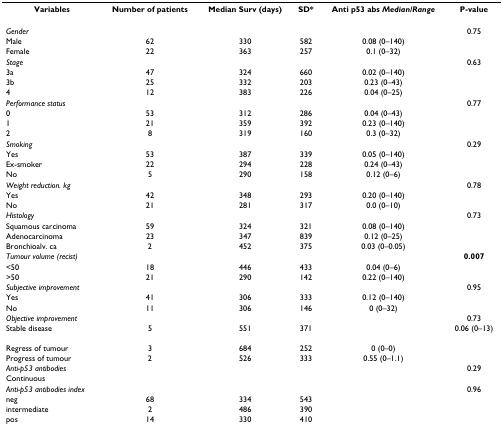
<table><thead><tr><td><b>Variables</b></td><td><b>Number of patients</b></td><td><b>Median Surv (days)</b></td><td><b>SD*</b></td><td><b>Anti p53 abs <i>Median/Range</i></b></td><td><b>P-value</b></td></tr></thead><tbody><tr><td><i>Gender</i></td><td></td><td></td><td></td><td></td><td>0.75</td></tr><tr><td>Male</td><td>62</td><td>330</td><td>582</td><td>0.08 (0–140)</td><td></td></tr><tr><td>Female</td><td>22</td><td>363</td><td>257</td><td>0.1 (0–32)</td><td></td></tr><tr><td><i>Stage</i></td><td></td><td></td><td></td><td></td><td>0.63</td></tr><tr><td>3a</td><td>47</td><td>324</td><td>660</td><td>0.02 (0–140)</td><td></td></tr><tr><td>3b</td><td>25</td><td>332</td><td>203</td><td>0.23 (0–43)</td><td></td></tr><tr><td>4</td><td>12</td><td>383</td><td>226</td><td>0.04 (0–25)</td><td></td></tr><tr><td><i>Performance status</i></td><td></td><td></td><td></td><td></td><td>0.77</td></tr><tr><td>0</td><td>53</td><td>312</td><td>286</td><td>0.04 (0–43)</td><td></td></tr><tr><td>1</td><td>21</td><td>359</td><td>392</td><td>0.23 (0–140)</td><td></td></tr><tr><td>2</td><td>8</td><td>319</td><td>160</td><td>0.3 (0–32)</td><td></td></tr><tr><td><i>Smoking</i></td><td></td><td></td><td></td><td></td><td>0.29</td></tr><tr><td>Yes</td><td>53</td><td>387</td><td>339</td><td>0.05 (0–140)</td><td></td></tr><tr><td>Ex-smoker</td><td>22</td><td>294</td><td>228</td><td>0.24 (0–43)</td><td></td></tr><tr><td>No</td><td>5</td><td>290</td><td>158</td><td>0.12 (0–6)</td><td></td></tr><tr><td><i>Weight reduction. kg</i></td><td></td><td></td><td></td><td></td><td>0.78</td></tr><tr><td>Yes</td><td>42</td><td>348</td><td>293</td><td>0.20 (0–140)</td><td></td></tr><tr><td>No</td><td>21</td><td>281</td><td>317</td><td>0.0 (0–10)</td><td></td></tr><tr><td><i>Histology</i></td><td></td><td></td><td></td><td></td><td>0.73</td></tr><tr><td>Squamous carcinoma</td><td>59</td><td>324</td><td>321</td><td>0.08 (0–140)</td><td></td></tr><tr><td>Adenocarcinoma</td><td>23</td><td>347</td><td>839</td><td>0.12 (0–25)</td><td></td></tr><tr><td>Bronchioalv. ca</td><td>2</td><td>452</td><td>375</td><td>0.03 (0–0.05)</td><td></td></tr><tr><td><i>Tumour volume (recist)</i></td><td></td><td></td><td></td><td></td><td><b>0.007</b></td></tr><tr><td>&lt;50</td><td>18</td><td>446</td><td>433</td><td>0.04 (0–6)</td><td></td></tr><tr><td>&gt;50</td><td>21</td><td>290</td><td>142</td><td>0.22 (0–140)</td><td></td></tr><tr><td><i>Subjective improvement</i></td><td></td><td></td><td></td><td></td><td>0.95</td></tr><tr><td>Yes</td><td>41</td><td>306</td><td>333</td><td>0.12 (0–140)</td><td></td></tr><tr><td>No</td><td>11</td><td>306</td><td>146</td><td>0 (0–32)</td><td></td></tr><tr><td><i>Objective improvement</i></td><td></td><td></td><td></td><td></td><td>0.73</td></tr><tr><td>Stable disease</td><td>5</td><td>551</td><td>371</td><td></td><td>0.06 (0–13)</td><td></td></tr><tr><td>Regress of tumour</td><td>3</td><td>684</td><td>252</td><td>0 (0–0)</td><td></td></tr><tr><td>Progress of tumour</td><td>2</td><td>526</td><td>333</td><td>0.55 (0–1.1)</td><td></td></tr><tr><td><i>Anti-p53 antibodies</i></td><td></td><td></td><td></td><td></td><td>0.29</td></tr><tr><td>Continuous</td><td></td><td></td><td></td><td></td><td></td></tr><tr><td><i>Anti-p53 antibodies index</i></td><td></td><td></td><td></td><td></td><td>0.96</td></tr><tr><td>neg</td><td>68</td><td>334</td><td>543</td><td></td><td></td></tr><tr><td>intermediate</td><td>2</td><td>486</td><td>390</td><td></td><td></td></tr><tr><td>pos</td><td>14</td><td>330</td><td>410</td><td></td><td></td></tr></tbody></table>